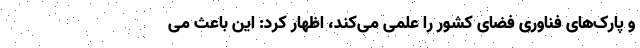
و پارک‌های فناوری فضای کشور را علمی می‌کند، اظهار کرد: این باعث می